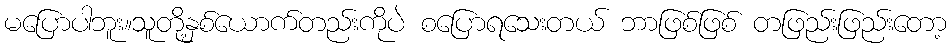
မပြောပါဘူး။သူတို့နှစ်ယောက်တည်းကိုပဲ စပြောရသေးတယ် ဘာဖြစ်ဖြစ် တဖြည်းဖြည်းတော့